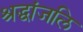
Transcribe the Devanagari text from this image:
श्रद्धांजलि